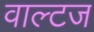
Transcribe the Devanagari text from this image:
वाल्टज